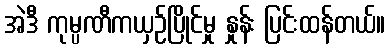
အဲဒီ ကုမ္ပဏီကယှဉ်ပြိုင်မှု နှုန်း ပြင်းထန်တယ်။